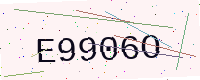
Text: E9906O